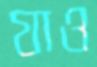
যাও